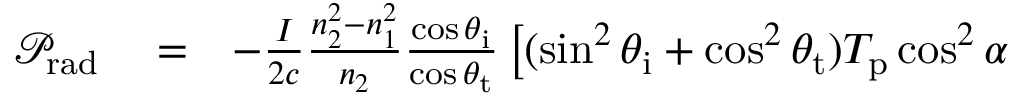
\begin{array} { r l r } { \mathcal { P } _ { \mathrm { r a d } } } & { { } = } & { - \frac { I } { 2 c } \frac { n _ { 2 } ^ { 2 } - n _ { 1 } ^ { 2 } } { n _ { 2 } } \frac { \cos \theta _ { \mathrm { i } } } { \cos \theta _ { \mathrm { t } } } \left[ ( \sin ^ { 2 } \theta _ { \mathrm { i } } + \cos ^ { 2 } \theta _ { \mathrm { t } } ) T _ { \mathrm { p } } \cos ^ { 2 } \alpha \right. } \end{array}